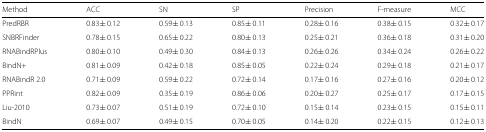
<table><thead><tr><td><b>Method</b></td><td><b>ACC</b></td><td><b>SN</b></td><td><b>SP</b></td><td><b>Precision</b></td><td><b>F-measure</b></td><td><b>MCC</b></td></tr></thead><tbody><tr><td>PredRBR</td><td>0.83 ± 0.12</td><td>0.59 ± 0.13</td><td>0.85 ± 0.11</td><td>0.28 ± 0.16</td><td>0.38 ± 0.15</td><td>0.32 ± 0.17</td></tr><tr><td>SNBRFinder</td><td>0.78 ± 0.15</td><td>0.65 ± 0.22</td><td>0.80 ± 0.13</td><td>0.25 ± 0.21</td><td>0.36 ± 0.18</td><td>0.31 ± 0.20</td></tr><tr><td>RNABindRPlus</td><td>0.80 ± 0.10</td><td>0.49 ± 0.30</td><td>0.84 ± 0.13</td><td>0.26 ± 0.26</td><td>0.34 ± 0.24</td><td>0.26 ± 0.22</td></tr><tr><td>BindN+</td><td>0.81 ± 0.09</td><td>0.42 ± 0.18</td><td>0.85 ± 0.05</td><td>0.22 ± 0.24</td><td>0.29 ± 0.18</td><td>0.21 ± 0.17</td></tr><tr><td>RNABindR 2.0</td><td>0.71 ± 0.09</td><td>0.59 ± 0.22</td><td>0.72 ± 0.14</td><td>0.17 ± 0.16</td><td>0.27 ± 0.16</td><td>0.20 ± 0.12</td></tr><tr><td>PPRint</td><td>0.82 ± 0.09</td><td>0.35 ± 0.19</td><td>0.86 ± 0.06</td><td>0.20 ± 0.27</td><td>0.25 ± 0.17</td><td>0.17 ± 0.15</td></tr><tr><td>Liu-2010</td><td>0.73 ± 0.07</td><td>0.51 ± 0.19</td><td>0.72 ± 0.10</td><td>0.15 ± 0.14</td><td>0.23 ± 0.15</td><td>0.15 ± 0.11</td></tr><tr><td>BindN</td><td>0.69 ± 0.07</td><td>0.49 ± 0.15</td><td>0.70 ± 0.05</td><td>0.14 ± 0.20</td><td>0.22 ± 0.15</td><td>0.12 ± 0.13</td></tr></tbody></table>